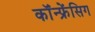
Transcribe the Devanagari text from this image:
कॉंन्फ्रेंसिग